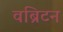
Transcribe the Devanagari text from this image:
वब्रिटन